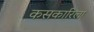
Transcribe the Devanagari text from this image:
कसकारिला